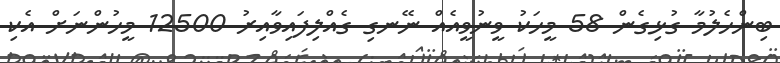
ބިންހެލުމާ ގުޅިގެން 58 މީހަކު ވީނުވީއެއް ނޭނގި ގެއްލިފައިވާއިރު 12500 މީހުންނަށް އެކި